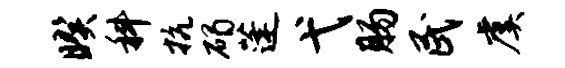
暌科抗碣蓬弋肠民虞